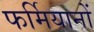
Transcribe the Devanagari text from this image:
फर्मियानों